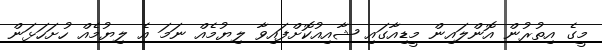
މީގެ އިތުރުން އޮންލައިން މީޑިއާގައި ޝާއިއުކޮށްފައިވާ ލިޔުމެއް ނަމަ އެ ލިޔުމެއް ހުށަހަޅަން